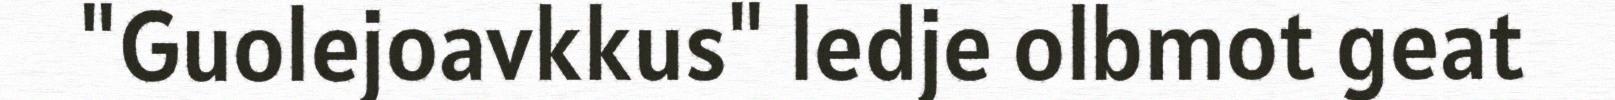
"Guolejoavkkus" ledje olbmot geat